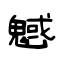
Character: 魊